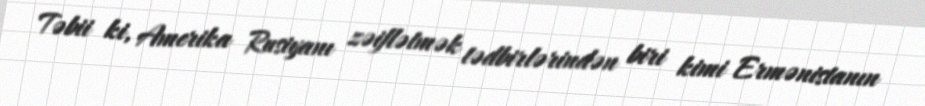
Təbii ki, Amerika Rusiyanı zəiflətmək tədbirlərindən biri kimi Ermənistanın